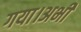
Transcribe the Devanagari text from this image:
गया।अभी